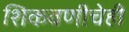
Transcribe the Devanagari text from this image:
शिकवणीचेही